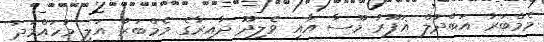
މެމްބަރު އަބްދުލް ޣަފޫރު މޫސާ އާއި ވެލިދޫ ދާއިރާގެ މެމްބަރު އަލީ މުހައްމަދު